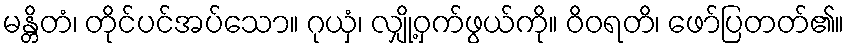
မန္တိတံ၊ တိုင်ပင်အပ်သော။ ဂုယှံ၊ လျှို့ဝှက်ဖွယ်ကို။ ဝိဝရတိ၊ ဖော်ပြတတ်၏။